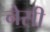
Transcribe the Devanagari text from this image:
नेसी